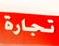
تجارة